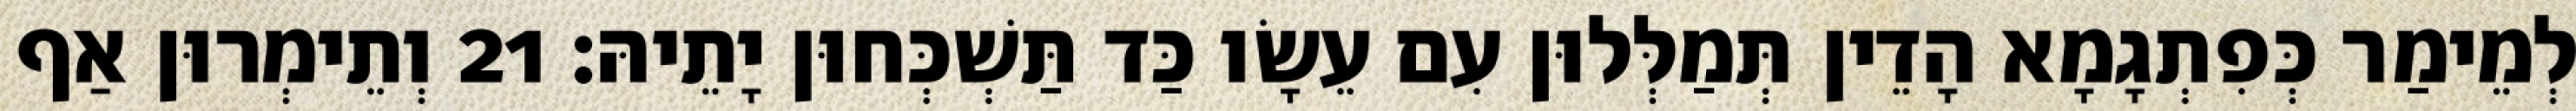
לְמֵימַר כְּפִתְגָמָא הָדֵין תְּמַלְּלוּן עִם עֵשָׂו כַּד תַּשְׁכְּחוּן יָתֵיהּ׃ 21 וְתֵימְרוּן אַף